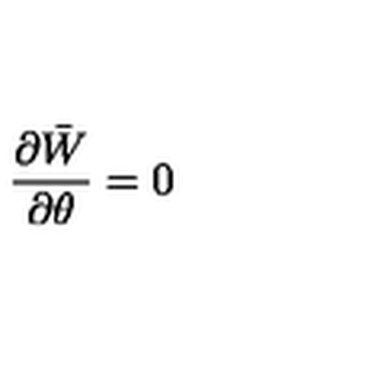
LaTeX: \frac { \partial \bar { W } } { \partial \theta } = 0